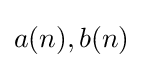
{\textstyle a(n),b(n)}